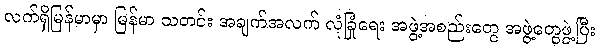
လက်ရှိမြန်မာမှာ မြန်မာ သတင်း အချက်အလက် လုံခြုံရေး အဖွဲ့အစည်းတွေ အဖွဲ့တွေဖွဲ့ပြီး